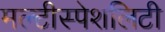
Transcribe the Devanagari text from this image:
मल्टीस्पेशलिटी